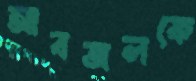
আবজলকে